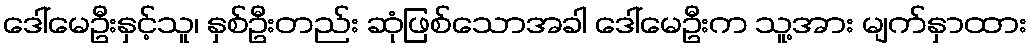
ဒေါ်မေဦးနှင့်သူ၊ နှစ်ဦးတည်း ဆုံဖြစ်သောအခါ ဒေါ်မေဦးက သူ့အား မျက်နှာထား